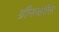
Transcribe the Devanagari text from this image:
ग्रीनव्हील